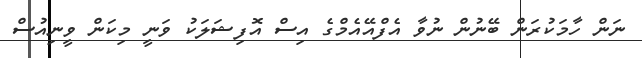
ނަން ހާމަކުރަން ބޭނުން ނުވާ އެފްއޭއެމްގެ އިސް އޮފިޝަލަކު ވަނީ މިކަން ވީނިއުސް